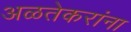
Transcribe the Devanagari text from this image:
अळतेकरांना